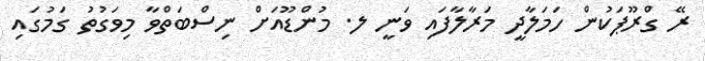
ރޭ ގްރޫޕަކުން ހަމަލާދީ މަރާލާފައި ވަނީ ލ. މުންޑޫއަށް ނިސްބަތްވާ މިވަގުތު ގަމުގައި